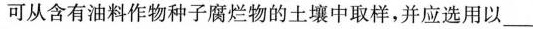
可从含有油料作物种子腐烂物的土壤中取样，并应选用以____________